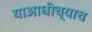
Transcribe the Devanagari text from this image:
याआधीच्याच